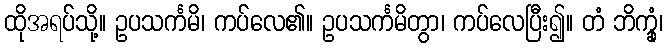
ထိုအရပ်သို့။ ဥပသင်္ကမိ၊ ကပ်လေ၏။ ဥပသင်္ကမိတွာ၊ ကပ်လေပြီး၍။ တံ ဘိက္ခုံ၊